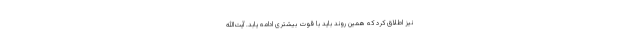
نیز اطلاق کرد که همین روند باید با قوت بیشتری ادامه یابد. آیت‌الله